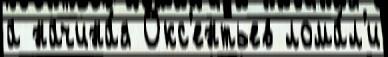
а начина́я Окс'ентьев лома́л'и